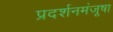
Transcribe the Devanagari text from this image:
प्रदर्शनमंजूषा